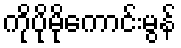
ကိုပိုမိုကောင်းမွန်